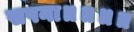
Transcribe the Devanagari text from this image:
सपना॥॥॥॥